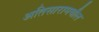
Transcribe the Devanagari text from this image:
अतिसारामधील